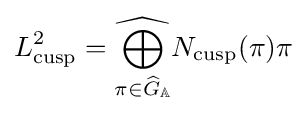
L_{\text{cusp}}^{2}={\widehat {\bigoplus _{\pi \in {\widehat {G}}_{\mathbb {A} }}}}N_{\text{cusp}}(\pi )\pi